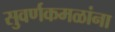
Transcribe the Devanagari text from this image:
सुवर्णकमळांना